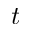
t